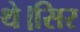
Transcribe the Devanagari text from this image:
थे।सिर